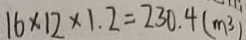
1 6 \times 1 2 \times 1 . 2 = 2 3 0 . 4 ( m ^ { 3 } )